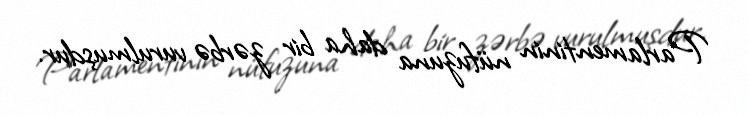
Parlamentinin nüfuzuna daha bir zərbə vurulmuşdur.